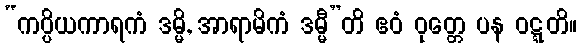
“ကပ္ပိယကာရကံ ဒမ္မိ, အာရာမိကံ ဒမ္မီ”တိ ဧဝံ ဝုတ္တေ ပန ဝဋ္ဋတိ။